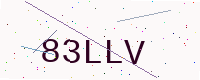
Text: 83LLV